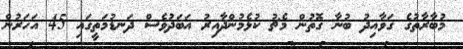
މުބާރާތުގެ ގަވާއިދު ބުނާ ގޮތުން މެޗު ކުޅެމުންދާއިރު އަބަދުވެސް ދަނޑުމަތީގައި 45 އަހަރުން